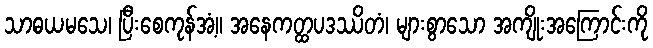
သာဓယမသေ၊ ပြီးစေကုန်အံ့။ အနေကတ္ထပဒဿိတံ၊ များစွာသော အကျိုးအကြောင်းကို